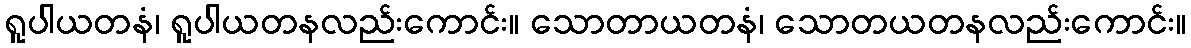
ရူပါယတနံ၊ ရူပါယတနလည်းကောင်း။ သောတာယတနံ၊ သောတယတနလည်းကောင်း။